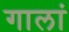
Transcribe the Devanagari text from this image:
गालां